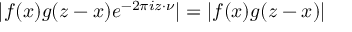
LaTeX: | f ( x ) g ( z - x ) e ^ { - 2 \pi i z \cdot \nu } | = | f ( x ) g ( z - x ) |